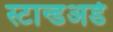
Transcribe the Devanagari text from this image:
स्टान्डअर्ड